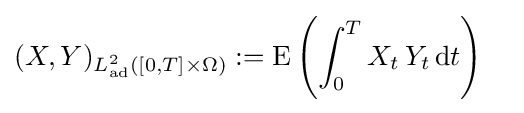
{\begin{aligned}(X,Y)_{L_{\mathrm {ad} }^{2}([0,T]\times \Omega )}&:=\operatorname {E} \left(\int _{0}^{T}X_{t}\,Y_{t}\,\mathrm {d} t\right)\end{aligned}}